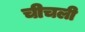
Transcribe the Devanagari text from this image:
चीचली